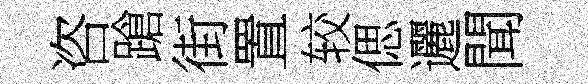
咨蹌街置较偲邐聞